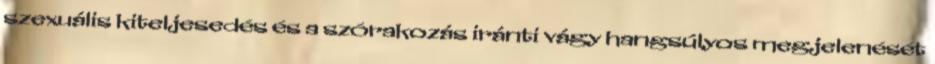
szexuális kiteljesedés és a szórakozás iránti vágy hangsúlyos megjelenését